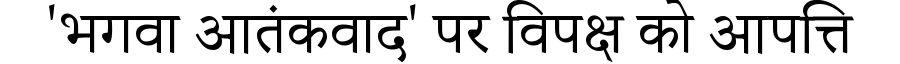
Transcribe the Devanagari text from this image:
'भगवा आतंकवाद' पर विपक्ष को आपत्ति